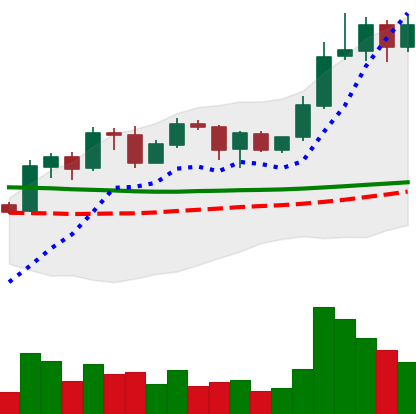
Ticker: ADA-USD
Chart end date: 2020-02-01
Forward return: 6.534%
Label: up_5_7